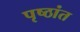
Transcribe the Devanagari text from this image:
पृष्ठांत